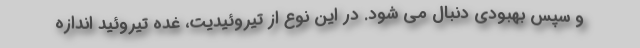
و سپس بهبودی دنبال می شود. در این نوع از تیروئیدیت، غده تیروئید اندازه